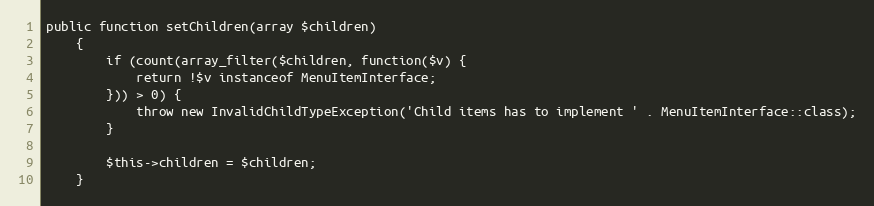
Language: PHP
public function setChildren(array $children)
    {
        if (count(array_filter($children, function($v) {
            return !$v instanceof MenuItemInterface;
        })) > 0) {
            throw new InvalidChildTypeException('Child items has to implement ' . MenuItemInterface::class);
        }

        $this->children = $children;
    }